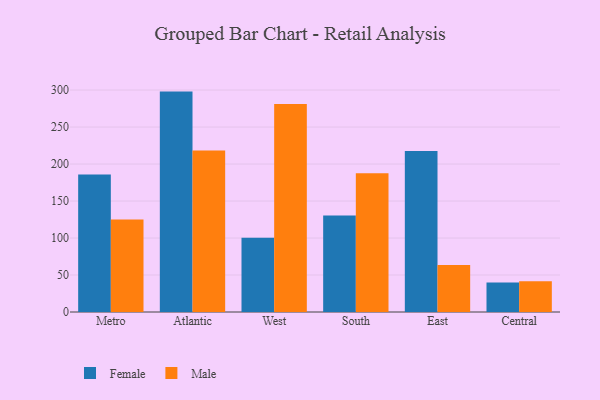
{"axis": {"x": "Region", "y": "Backlog"}, "legend": ["Female", "Male"], "data": [{"x": "Metro", "y": 185.7, "type": "Female"}, {"x": "Metro", "y": 124.9, "type": "Male"}, {"x": "Atlantic", "y": 297.9, "type": "Female"}, {"x": "Atlantic", "y": 218.2, "type": "Male"}, {"x": "West", "y": 100.2, "type": "Female"}, {"x": "West", "y": 281.2, "type": "Male"}, {"x": "South", "y": 130.3, "type": "Female"}, {"x": "South", "y": 187.7, "type": "Male"}, {"x": "East", "y": 217.5, "type": "Female"}, {"x": "East", "y": 63.5, "type": "Male"}, {"x": "Central", "y": 39.9, "type": "Female"}, {"x": "Central", "y": 41.5, "type": "Male"}]}